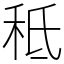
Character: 秪